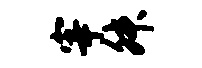
宰舛